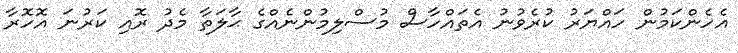
އެހެންކަމުން ހައްޔަރު ކުރެވުނު އެތައްހާސް މުސްލިމުންނެއްގެ ޙާލަތާ މެދު ރޮއި ކަރުނަ އޮހޮރާ